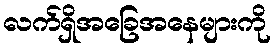
လက်ရှိအခြေအနေများကို